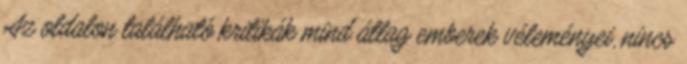
Az oldalon található kritikák mind átlag emberek véleményei, nincs